Papers set at the Examination for Leaving Certificates, 1891
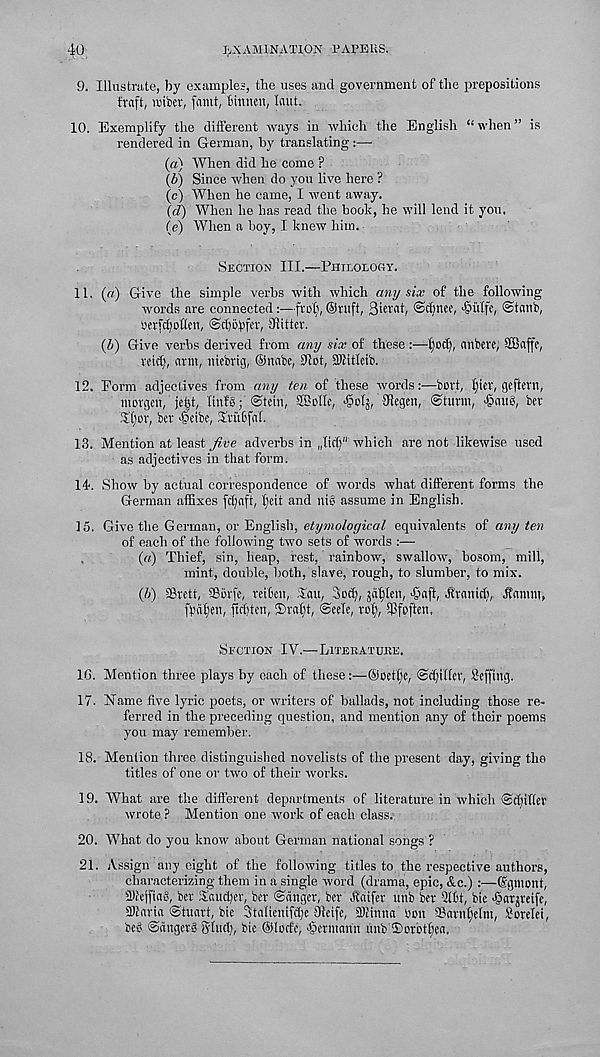
40
Ij,X AMINATION V APE US.
9. Illustrate, by examples, tbe uses and government of tbe prepositions
fraft, njiber, faint, tinnen, laut.
10. Exemplify the different ways in which the English “when” is
rendered in German, by translating :—
(a) When did he come ?
(b) Since when do you live here ?
(c) When he came, I went away.
(d) When he has read the book, he will lend it you.
(e) When a boy, I knew him.
Section III.—Philolociy.
11. (a) Give the simple verbs with which any six of the following
words are connected:—frof), @ntft, 3ierat, @dmce,
@tanb,
bcrffiMIen,
SRitter.
(li) Give verbs derived from any six of these :—Ijocf), anbeve, SBaffc,
veidj, arm, nicbrig, ©nabe, 9Iot, SDtitleib.
12. Form adjectives from any ten of these words:—bort, l)iev, geftern,
morgen, je|t, Itnfg; <Stein, ®oIIe, -gclj, 3Regen, Sturm, <§au@, ber
Xtjor, ber >§etbe, Srubfal.
13. Mention at least five adverbs in
which are not likewise used
as adjectives in that form.
14-. Show by actual correspondence of words what different forms the
German affixes fcfyaft, licit and nis assume in English.
15. Give the German, or English, etfifiplogical equivalents of any ten
of each of the following two sets of words :—
(«) Thief, sin, heap, rest, rainbow, swallow, bosom, mill,
mint, double, both, slave, rough, to slumber, to mix.
(&) SSrett, ©5rfe, reiBen, Tan, Sod), jafylen, >£>aft, Hranidi, Hamm,
ft'dlien, ftditen, iDralit, ©eele, rof\ ffifpften.
Section IV.—Literature,
1G. Mention three plays by each of these:—@oef(;e, ©djiffer, Sefftng.
17. Hame five lyric poets, or writers of ballads, not including those re-
ferred in the preceding question, and mention any of their poems
you may remember.
18. Mention three distinguished novelists of the present day, giving the
titles of one or two of their works.
19. What are the different departments of literature in which ©djilfer
wrote ? Mention one work of each class.
20. What do you know about German national songs ?
21. Assign any eight of the following titles to the respective authors,
characterizing them in a single word (drama, epic, &c.) :—(Sgmont,
3Mej[ia£>, ber Taudjer, ber ©anger, ber Haifer unb ber 9ttt, bie >§at$reife,
SDtaria Stuart, bie 3talicnifd)e Oteife, ifittnna bon ©arnljetm, Lorelei,
be@ ©angers 8Iud), bie ©locfe, Jpermann unb ®oroff)ea.